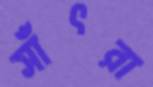
সাঁৎরা